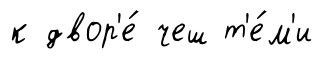
к двор'е́ чеш т'е́м'и